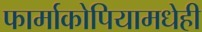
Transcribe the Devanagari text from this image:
फार्माकोपियामधेही